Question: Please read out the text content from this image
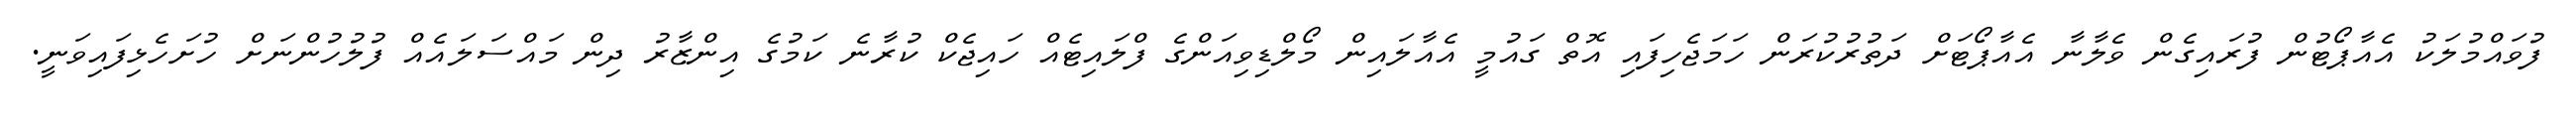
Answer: ފުވައްމުލަކު އެއާޕޯޓުން ފުރައިގެން ވެލާނާ އެއާޕޯޓަށް ދަތުރުކުރަން ހަމަޖެހިފައި އޮތް ގައުމީ އެއާލައިން މޯލްޑިވިއަންގެ ފްލައިޓެއް ހައިޖެކް ކުރާނެ ކަމުގެ އިންޒާރު ދިން މައްސަލައެއް ފުލުހުންނަށް ހުށަހެޅިފައިވަނީ.